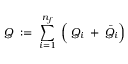
{ \cal Q } \; : = \; \sum _ { i = 1 } ^ { n _ { f } } \; \left( \frac { } { } Q _ { i } \; + \; \bar { Q } _ { i } \right)